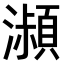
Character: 𤂔